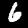
Digit: 6